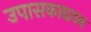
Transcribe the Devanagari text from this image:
उपासकाद्ययन